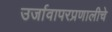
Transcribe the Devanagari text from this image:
उर्जावापरप्रणालीचे